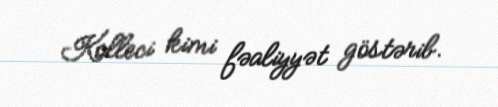
Kolleci kimi fəaliyyət göstərib.